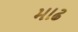
માઢ